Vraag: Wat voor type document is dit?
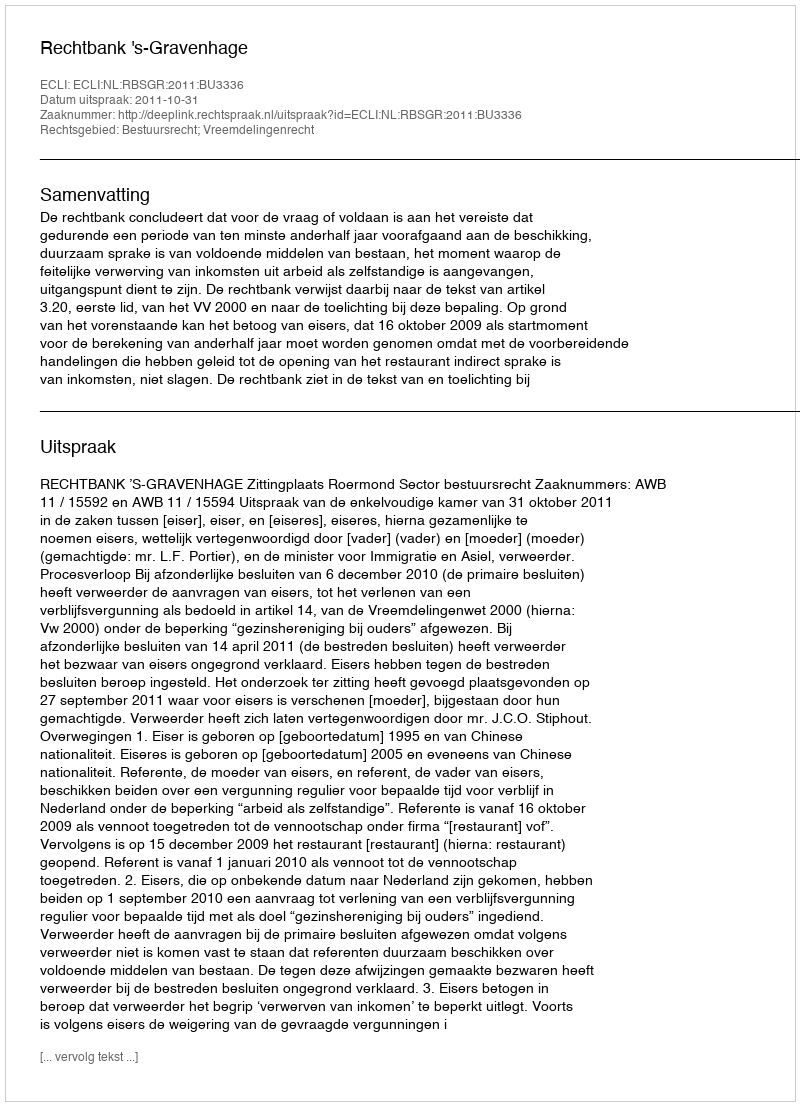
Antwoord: Uitspraak